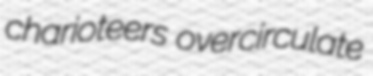
charioteers overcirculate